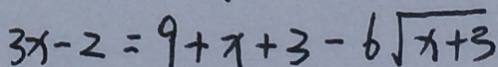
3 x - 2 = 9 + x + 3 - 6 \sqrt { x + 3 }